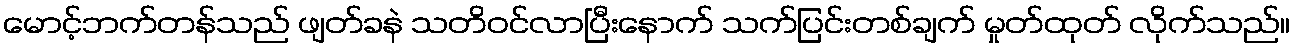
မောင့်ဘက်တန်သည် ဖျတ်ခနဲ သတိဝင်လာပြီးနောက် သက်ပြင်းတစ်ချက် မှုတ်ထုတ် လိုက်သည်။